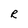
Character: R